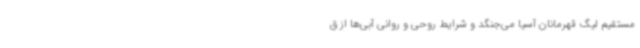
مستقیم لیگ قهرمانان آسیا می‌جنگد و شرایط روحی و روانی آبی‌ها از ق